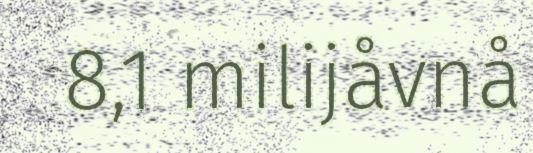
8,1 milijåvnå